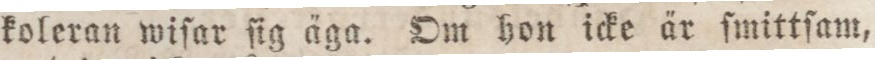
koleran wiſar ſig äga. Om hon icke är ſmittſam,